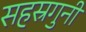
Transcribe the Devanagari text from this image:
सहस्रगुनी